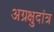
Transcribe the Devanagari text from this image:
अग्रक्षुदांत्र